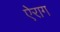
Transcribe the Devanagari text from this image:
ऐराग